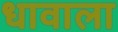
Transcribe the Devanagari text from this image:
धावाला